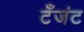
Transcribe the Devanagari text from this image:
टँजंट